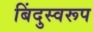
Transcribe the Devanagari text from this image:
बिंदुस्वरूप